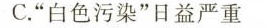
C.”白色污染”日益严重